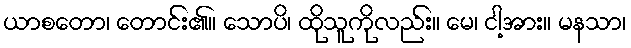
ယာစတော၊ တောင်း၏။ သောပိ၊ ထိုသူကိုလည်း။ မေ၊ ငါ့အား။ မနသာ၊